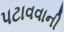
પટાવવાની